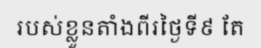
របស់ខ្លួនតាំងពីរថ្ងៃទី៩ តែ